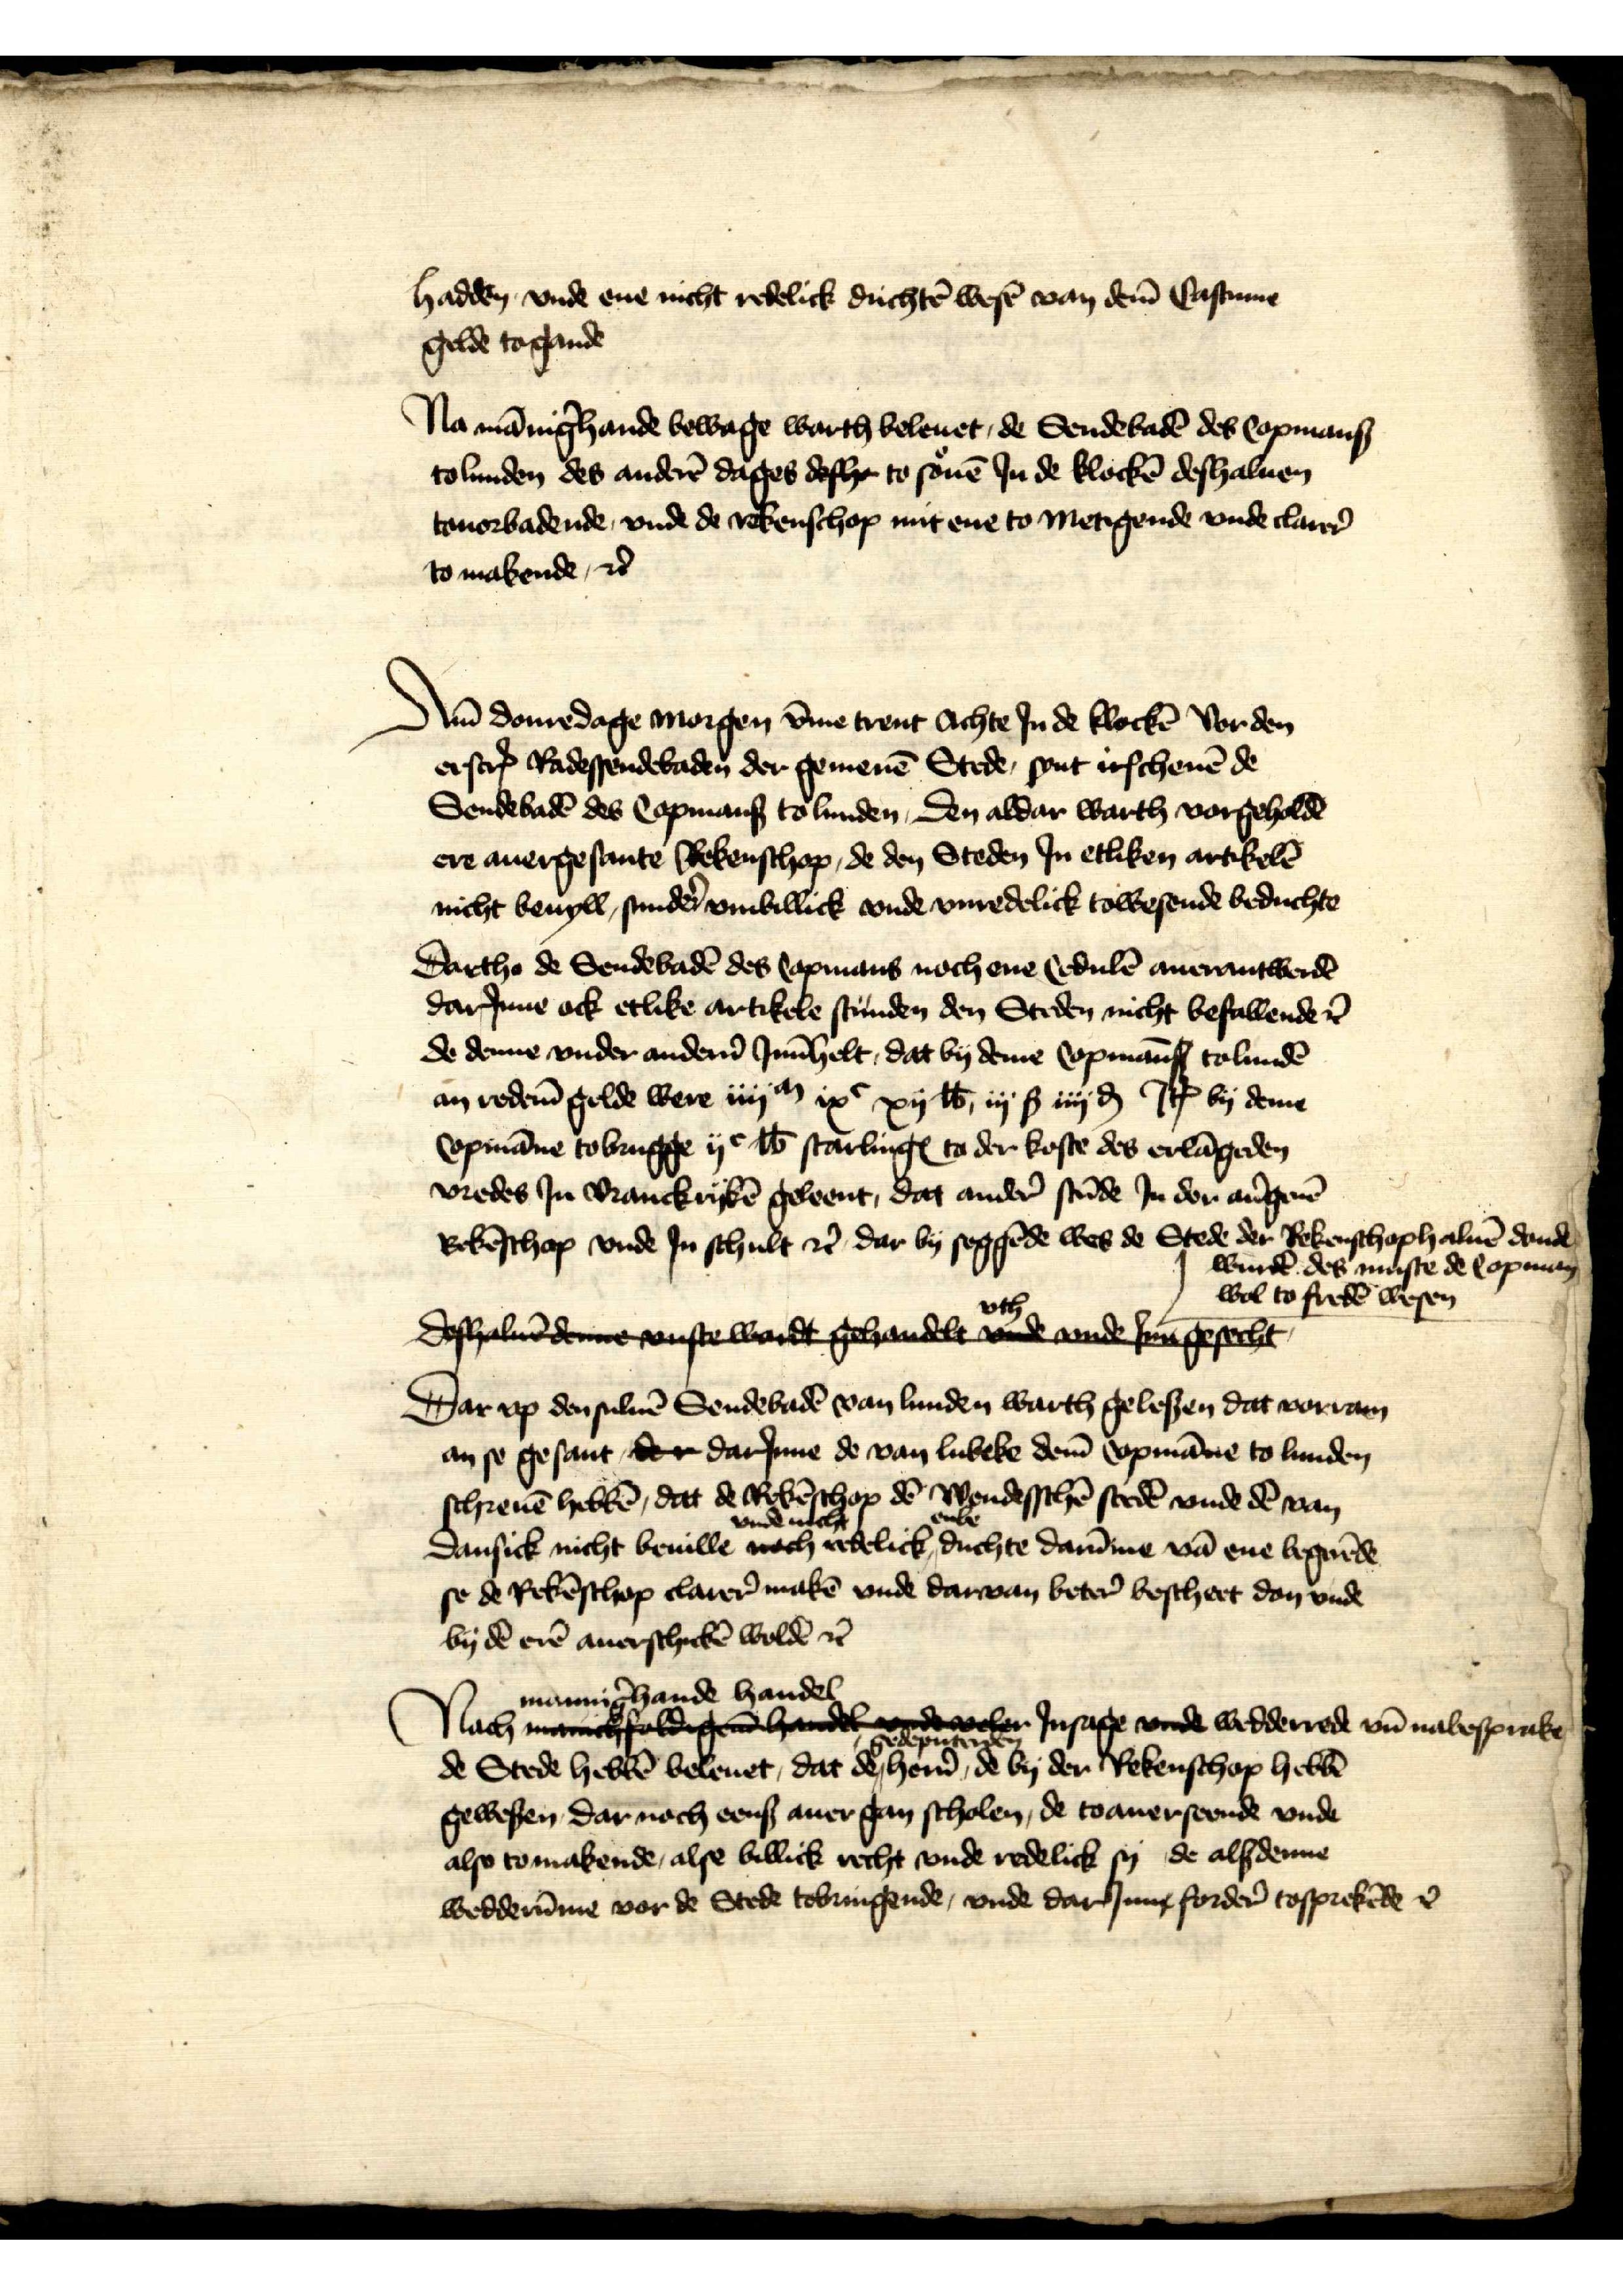
hadden, vnde ene nicht redelick duchtē wesē van dem̄ Castume
gelde togande

Na mānig̉hande bewage warth belenet, de Sendebadē des Copmans
to Lunden des anderē dages deshe to souē Jn de klockē deshaluen
touorbadende, vnde de rekenschop mit ene to metigende vnde clarer̉
to makende, et̉

Am̄ donredage morgen v̄me trent Achte Jn de klockē Vor den
erscrꝬ Radessendebaden der gemenē Stede, synt irschenē de
Sendebadē des Copmans to Lunden, den aldar warth vorgeholdē
ere auergesante Rekenschop, de den Steden Jn etliken artikelē
nicht beuyll, sunder̉ vnbillick vnde vnredelick towesende beduchte

Dartho de Sendebadē des Copmans noch ene Cedulē auerantwerdē
darJnne ock etlike artikele stunden den Steden nicht befallende et̉
de denne vnder ander̉n Jnn̄helt, dat by deme Copman̄s to Lundē
an redem̄ gelde were iiijm ixc xij ℔ iij ß iiij ḑ Jꝷ by deme
Copmāne to Brugge ijc ℔ starlingꝬ to der koste des erlāgeden
vredes Jn Vranckrykē geleent, dat ander̉ stūde Jn der aủgeuē
Rekēschop vnde Jn schult et̉ dar by seggēde wes de Stede der Rekenschop haluē donde
wurdē des muste de Copman
wol to fredē wesen

deshaluē dee vnste wardt gehandele de ande sen̄gesecht
Dar vp den suluē Sendebadē van Lunden warth gelesen dat vorram
an se gesant der darJnne de van Lubeke dem̄ Copmāne to Lunden
schreuē hebbē, dat de Rekēschop dē Wendsschē stedē vnde dē van
Dansick nicht beuille vnde nicht redelick enbe duchte darūme vā ene begerēde
se de Rekēschop clarer̉ makē vnde darvan beter̉ bescheet don vnde
by dē erē auerschickē woldē et̉

Nach mannig̉hande handel Jnsage vnde wedderrede vn̄ nabesprake
de Stede hebbē beleuet, dat de gedeputerden her̉n de by der Rekenschop hebbē
gewesen dar noch eens auer gan scholen, de toauerseende vnde
also to makende, alse billick recht vnde redelick sy de alsdenne
wedderūme vor de Stede tobringende, vnde darJnne forder̉ tosprekēde et̉